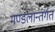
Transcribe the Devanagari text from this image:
मण्डलान्तर्गत